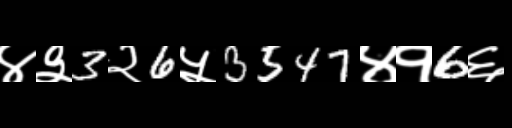
Text: ४३3२6५3547४१6६